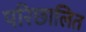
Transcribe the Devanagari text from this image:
परिछालित